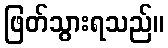
ဖြတ်သွားရသည်။